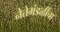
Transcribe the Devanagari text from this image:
नेतेमंडळींचा